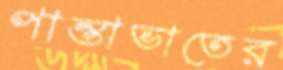
পান্তাভাতের